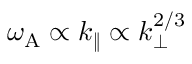
\omega _ { \mathrm { A } } \propto k _ { \| } \propto k _ { \perp } ^ { 2 / 3 }